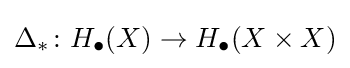
\Delta _{*}\colon H_{\bullet }(X)\to H_{\bullet }(X\times X)